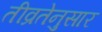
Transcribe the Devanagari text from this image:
तीव्रतेनुसार